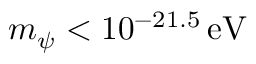
m _ { \psi } < 1 0 ^ { - 2 1 . 5 } \mathrm { \, e V }